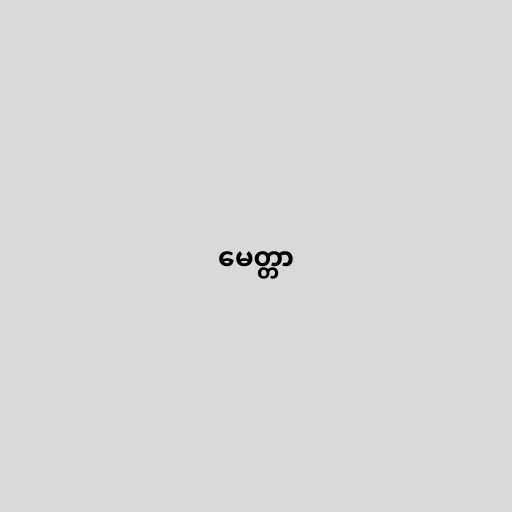
မေတ္တာ